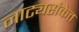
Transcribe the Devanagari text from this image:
नाट्यसंकेत